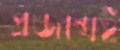
প্রজন্মেই